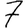
Digit: 7